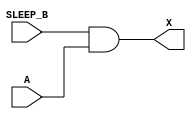
module sky130_fd_sc_hvl__lsbuflv2hv_isosrchvaon_3 (
    X      ,
    A      ,
    SLEEP_B
);
    output X      ;
    input  A      ;
    input  SLEEP_B;
    wire SLEEP     ;
    wire and0_out_X;
    not not0 (SLEEP     , SLEEP_B        );
    and and0 (and0_out_X, SLEEP_B, A     );
    buf buf0 (X         , and0_out_X     );
endmodule